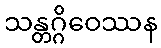
သန္တဂ္ဂိဝေဿန